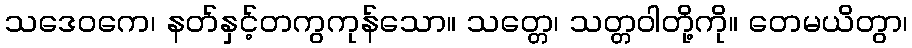
သဒေဝကေ၊ နတ်နှင့်တကွကုန်သော။ သတ္တေ၊ သတ္တဝါတို့ကို။ တေမယိတွာ၊